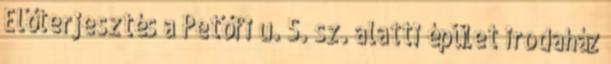
Előterjesztés a Petőfi u. 5. sz. alatti épület irodaház